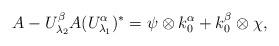
LaTeX: \begin{align*}A-U_{\lambda_2}^{\beta}A (U_{\lambda_1}^{\alpha})^{*}=\psi\otimes k_{0}^{\alpha}+k_{0}^{\beta}\otimes\chi,\end{align*}